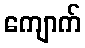
ကျောက်